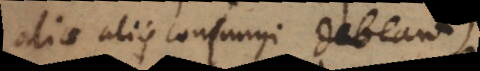
aliae aliis conjungi debeant).